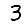
Digit: 3